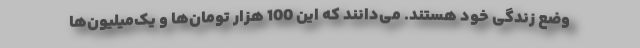
وضع زندگی خود هستند. می‌دانند که این 100 هزار تومان‌ها و یک‌میلیون‌ها